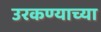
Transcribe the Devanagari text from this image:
उरकण्याच्या